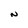
Character: N